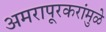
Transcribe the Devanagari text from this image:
अमरापूूरकरांमुळे